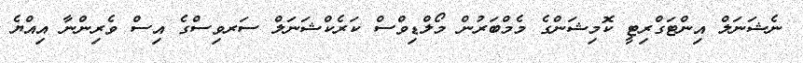
ނެޝަނަލް އިންޓަގްރިޓީ ކޮމިޝަންގެ މެމްބަރުން މޯލްޑިވްސް ކަރެކްޝަނަލް ސަރވިސްގެ އިސް ވެރިންނާ އިއްޔެ